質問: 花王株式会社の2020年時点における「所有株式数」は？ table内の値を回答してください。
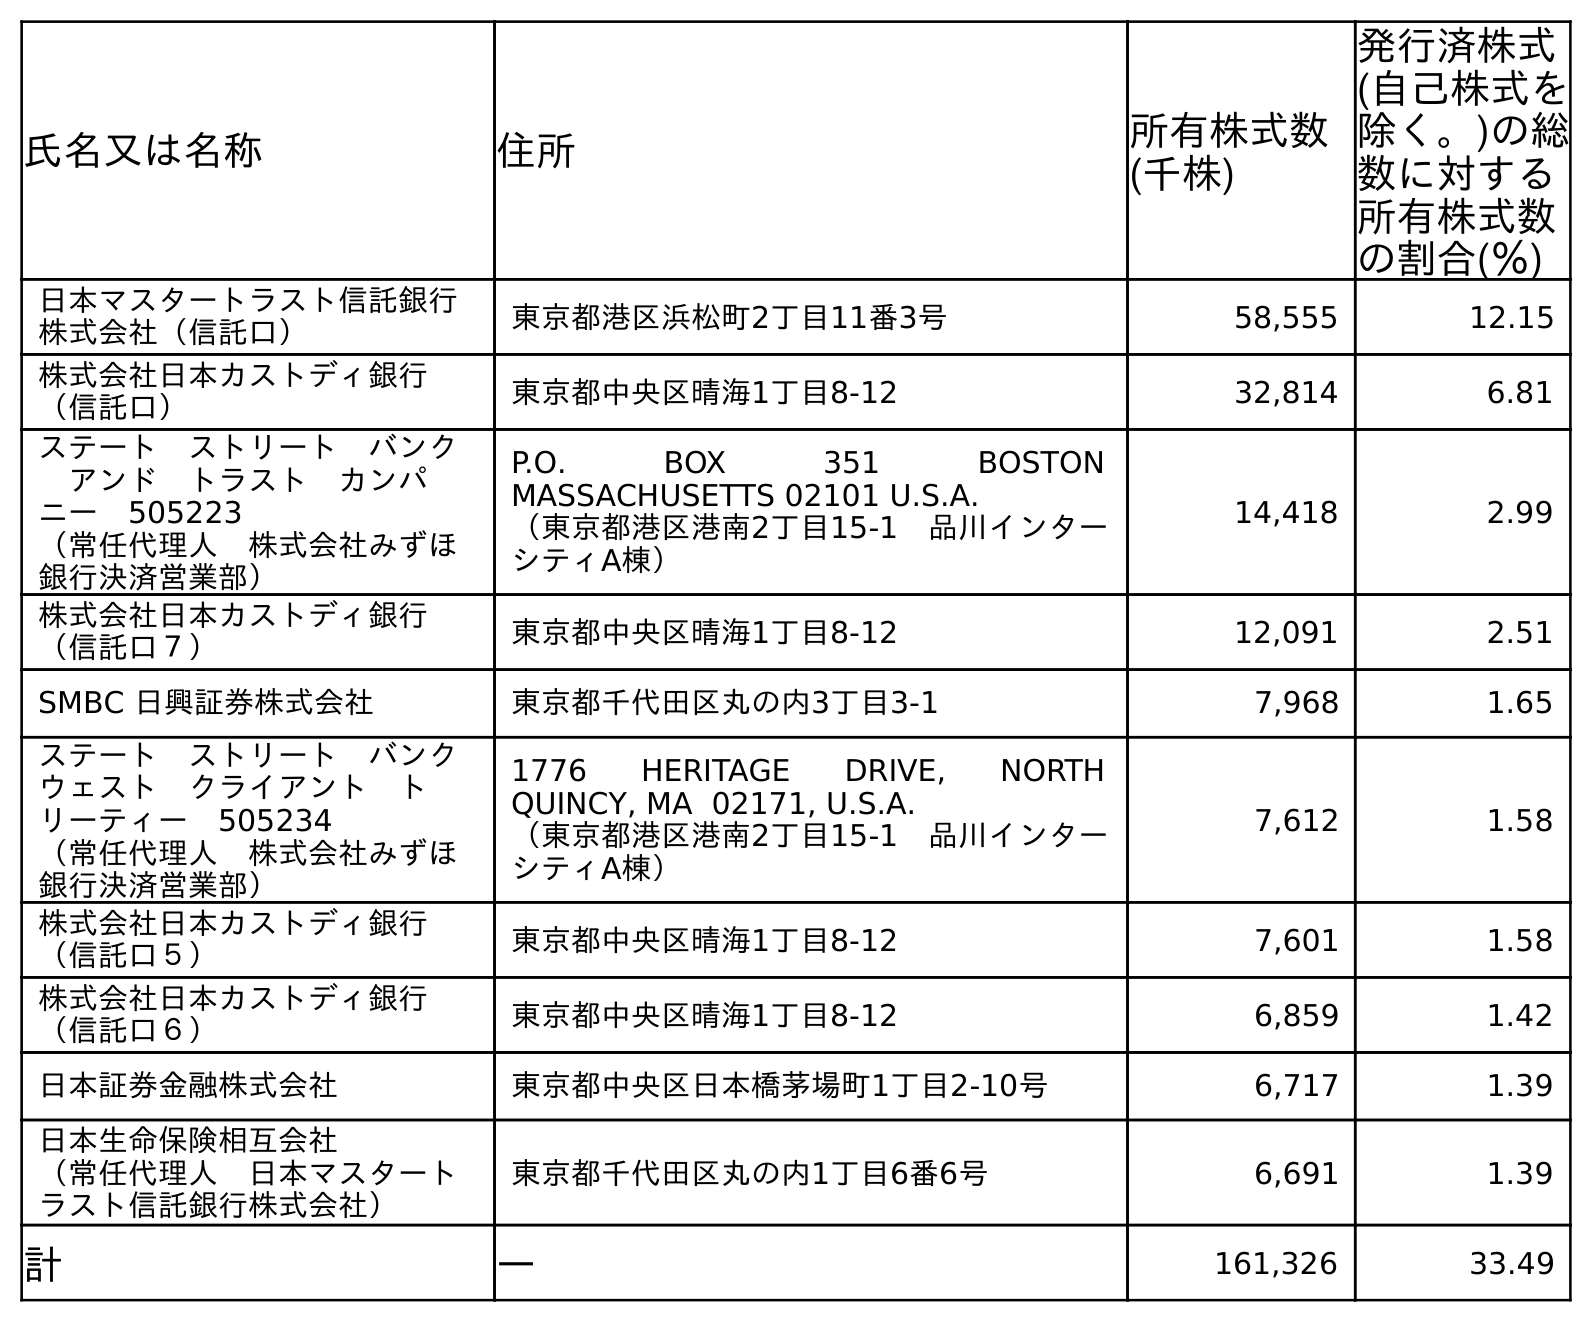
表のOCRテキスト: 氏名又は名称 住所 所有株式数 (千株) 発行済株式 (自己株式を 除く。)の総 数に対する 所有株式数 の割合(％) 日本マスタートラスト信託銀行 株式会社（信託口） 東京都港区浜松町2丁目11番3号 58,555 12.15 株式会社日本カストディ銀行 （信託口） 東京都中央区晴海1丁目8-12 32,814 6.81 ステート ストリート バンク  アンド トラスト カンパ ニー 505223 （常任代理人 株式会社みずほ 銀行決済営業部） P.O. BOX 351 BOSTON MASSACHUSETTS 02101 U.S.A. （東京都港区港南2丁目15-1 品川インター シティA棟） 14,418 2.99 株式会社日本カストディ銀行 （信託口７） 東京都中央区晴海1丁目8-12 12,091 2.51 SMBC 日興証券株式会社 東京都千代田区丸の内3丁目3-1 7,968 1.65 ステート ストリート バンク ウェスト クライアント ト リーティー 505234 （常任代理人 株式会社みずほ 銀行決済営業部） 1776 HERITAGE DRIVE, NORTH QUINCY, MA 02171, U.S.A. （東京都港区港南2丁目15-1 品川インター シティA棟） 7,612 1.58 株式会社日本カストディ銀行 （信託口５） 東京都中央区晴海1丁目8-12 7,601 1.58 株式会社日本カストディ銀行 （信託口６） 東京都中央区晴海1丁目8-12 6,859 1.42 日本証券金融株式会社 東京都中央区日本橋茅場町1丁目2-10号 6,717 1.39 日本生命保険相互会社 （常任代理人 日本マスタート ラスト信託銀行株式会社） 東京都千代田区丸の内1丁目6番6号 6,691 1.39 計 ― 161,326 33.49
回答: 161,326